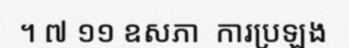
។ ៧ ១១ ឧសភា  ការប្រឡង